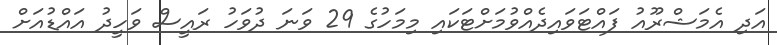
އަދި އެމަޝްރޫއު ފައްޓަވައިދެއްވުމަށްޓަކައި މިމަހުގެ 29 ވަނަ ދުވަހު ރައީސް ވަހީދު އައްޑުއަށް